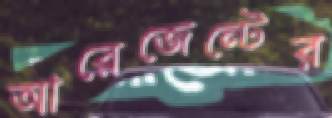
আরেজেন্টের